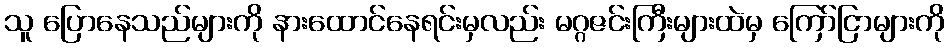
သူ ပြောနေသည်များကို နားထောင်နေရင်းမှလည်း မဂ္ဂဇင်းကြီးများထဲမှ ကြော်ငြာများကို